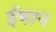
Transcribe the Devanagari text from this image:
ईषान